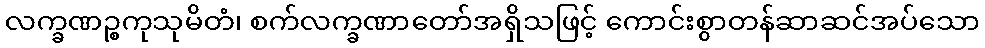
လက္ခဏဉ္စကုသုမိတံ၊ စက်လက္ခဏာတော်အရှိသဖြင့် ကောင်းစွာတန်ဆာဆင်အပ်သော